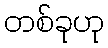
တစ်ခုဟု